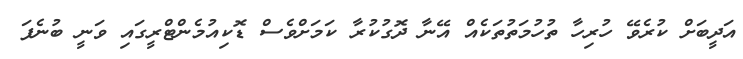
އަދީބަށް ކުރެވޭ ހުރިހާ ތުހުމަތުތަކެއް އޭނާ ދޮގުކުރާ ކަމަށްވެސް ޑޮކިއުމެންޓްރީގައި ވަނީ ބުނެފަ